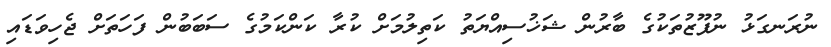
ނުރަނގަޅު ނުފޫޒުތަކުގެ ބާރުން ޝަޚުސިއްޔަތު ކަތިލުމަށް ކުރާ ކަންކަމުގެ ސަބަބުން ފަހަތަށް ޖެހިވަޑައި